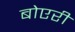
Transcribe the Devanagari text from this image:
बोएरी